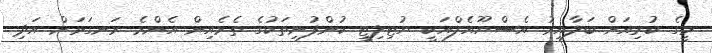
މީގެ ކުރިއަށް ބަލާއިރު އެސްޔޫއެލްއަކީ ޔުޓިލިޓީ ކުންފުނިތަކުގެ ތެރެއިން އެންމެ ރަނގަޅަށް އަދި